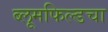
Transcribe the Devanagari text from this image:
ब्लूमफिल्डचा